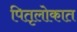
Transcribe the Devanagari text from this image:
पितृलोकात